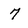
Character: 7